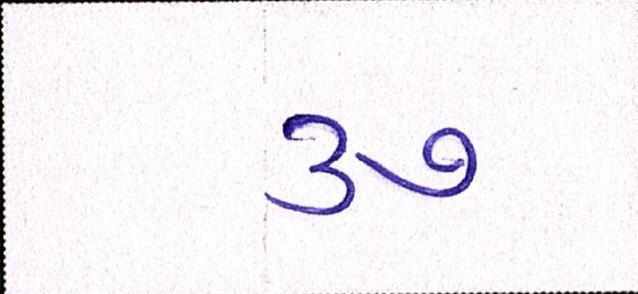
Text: ૩૭